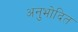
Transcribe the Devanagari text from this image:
अनुभोदित